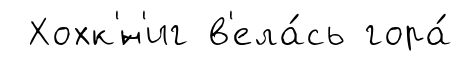
Хохк'́н'иг в'ела́сь гора́